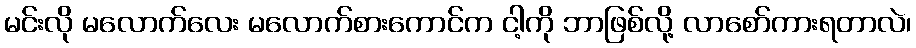
မင်းလို မလောက်လေး မလောက်စားကောင်က ငါ့ကို ဘာဖြစ်လို့ လာစော်ကားရတာလဲ၊